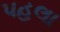
પહલા